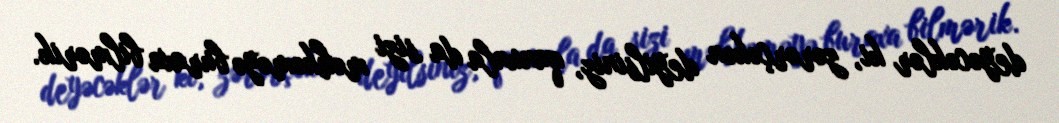
deyəcəklər ki, zərərçəkən deyilsiniz, qanunla da sizi məhkəməyə buraxa bilmərik.